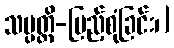
သမ္ပတ္တိ-ပြည့်စုံခြင်း၊]